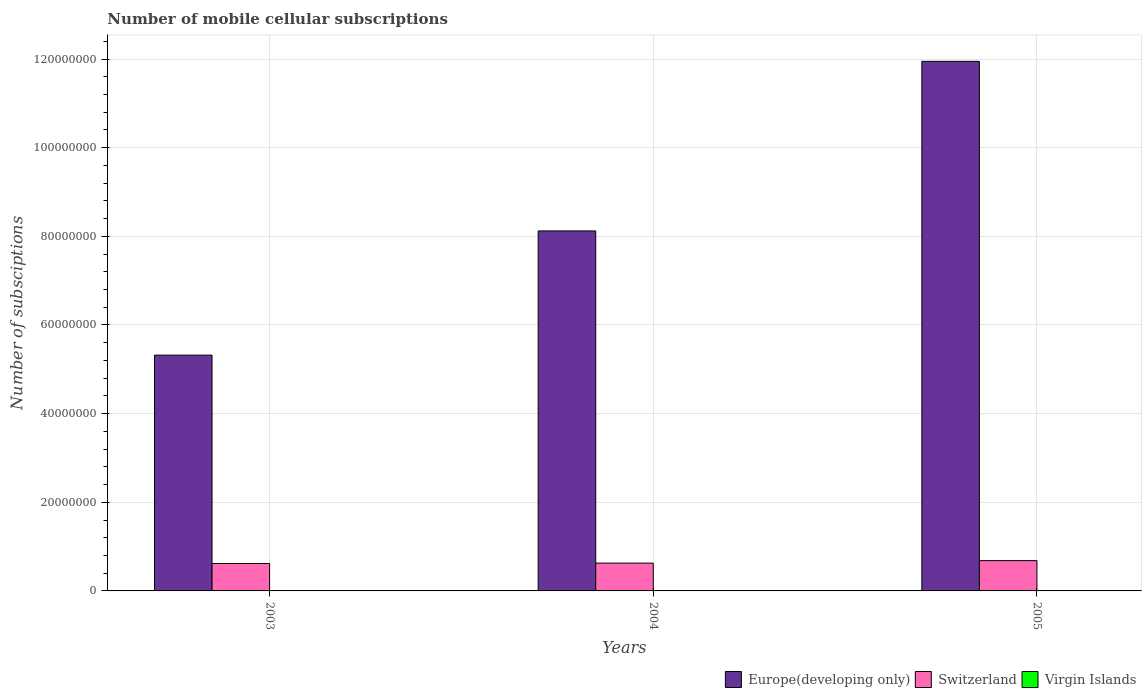
| Years | Europe(developing only) | Switzerland | Virgin Islands |
 | --- | --- | --- | --- |
 | 2003 | 5.32e+07 | 6.19e+06 | 4.93e+04 |
 | 2004 | 8.12e+07 | 6.27e+06 | 6.42e+04 |
 | 2005 | 1.19e+08 | 6.83e+06 | 8.03e+04 |